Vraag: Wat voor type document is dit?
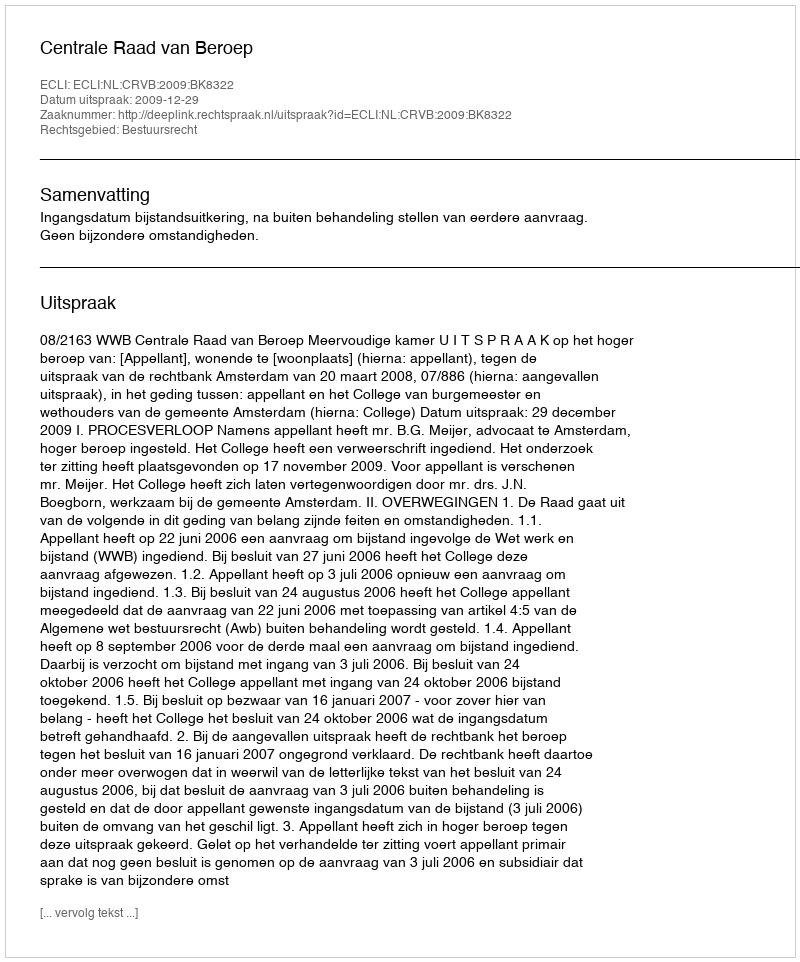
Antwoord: Uitspraak